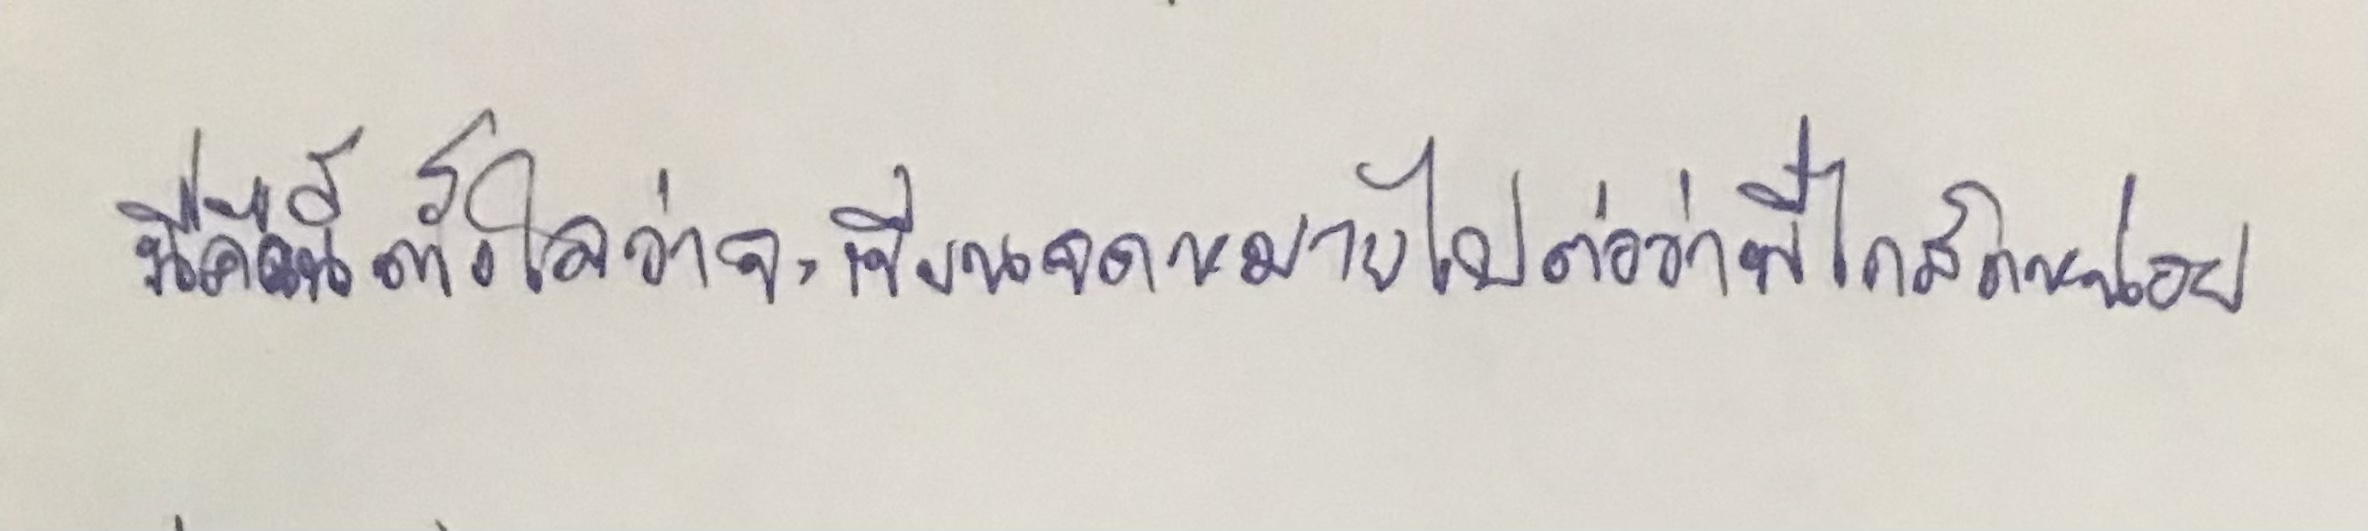
"นี่คืนนี้ตั้งใจว่าจะเขียนจดหมายไปต่อว่าพี่ไกสักหน่อย..."